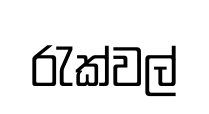
රැක්වල්